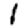
Digit: 1